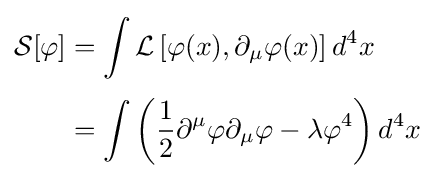
{\begin{aligned}{\mathcal {S}}[\varphi ]&=\int {\mathcal {L}}\left[\varphi (x),\partial _{\mu }\varphi (x)\right]d^{4}x\\[3pt]&=\int \left({\frac {1}{2}}\partial ^{\mu }\varphi \partial _{\mu }\varphi -\lambda \varphi ^{4}\right)d^{4}x\end{aligned}}